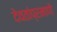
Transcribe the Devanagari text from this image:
देवतांप्रमाणे